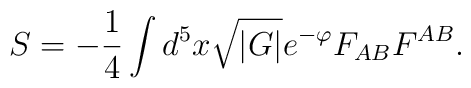
S = -\frac{1}{4} \int d^{5} x \sqrt{|G|} e^{- \varphi} F_{A B} F^{ A B}.